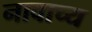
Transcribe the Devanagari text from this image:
नावाच्य